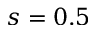
s = 0 . 5